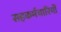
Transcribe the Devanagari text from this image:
सहकर्मचारियों